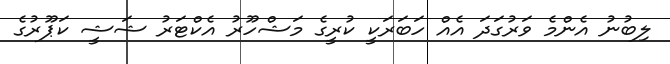
ލިބުުނު އެންމެ ވަރުގަދަ އެއް ހަބަރަކީ ކުރީގެ މަޝްހޫރު އެކްޓަރު ޝަޝީ ކަޕޫރުގެ